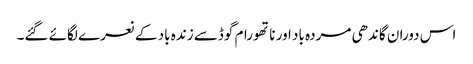
اس دوران گاندھی مردہ باد اور ناتھورام گوڈسے زندہ باد کے نعرے لگائے گئے۔